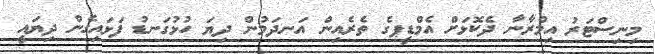
މިނިސްޓަރު އިމްރާނާ ދެކޮޅަށް އެމްޑީޕގެ ތެރެއިން އަނދަމުން ދިޔަ ހުޅުގަނޑު ފަޅައިގެން ދިޔައީ